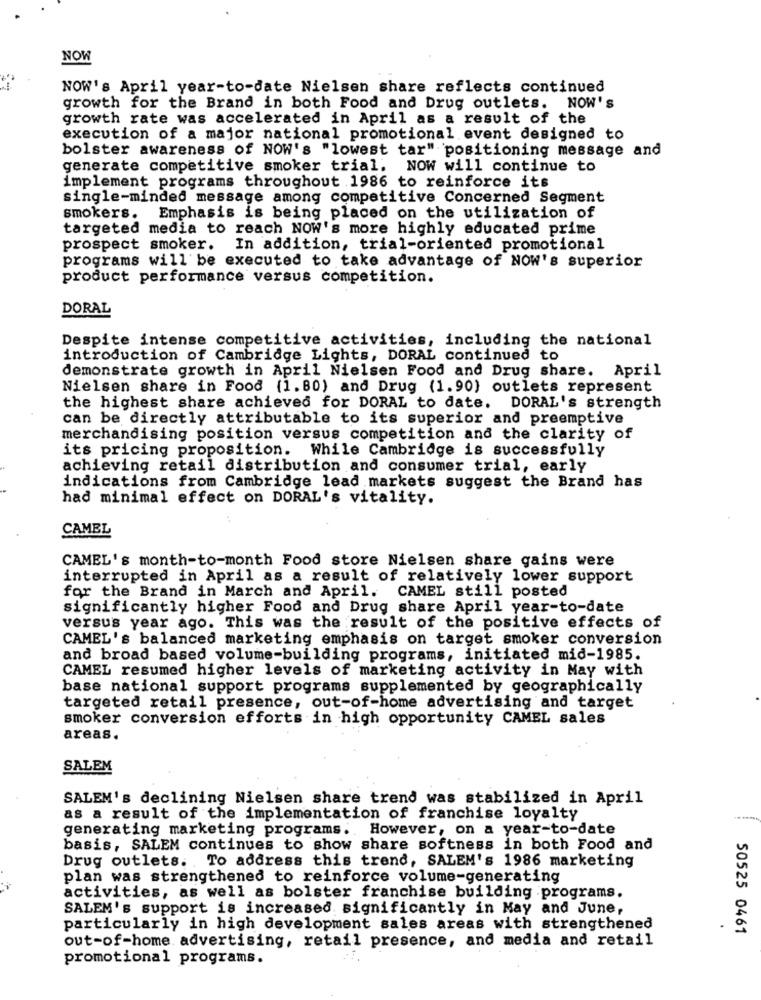
NOW
NOW's April year-to-date Nielsen share reflects continued
growth for the Brand in both Food and Drug outlets. NOW's
growth rate was accelerated in April as a result of the
execution of a major national promotional event designed to
bolster awareness of NOW's "lowest tar" positioning message and
generate competitive smoker trial. NOW will continue to
implement programs throughout 1986 to reinforce its
single-minded message among competitive Concerned Segment
smokers. Emphasis is being placed on the utilization of
targeted media to reach NOW's more highly educated prime
prospect smoker. In addition, trial-oriented promotional
programs will be executed to take advantage of NOW's superior
product performance versus competition.
DORAL
Despite intense competitive activities, including the national
introduction of Cambridge Lights, DORAL continued to
demonstrate growth in April Nielsen Food and Drug share. April
Nielsen share in Food (1.80) and Drug (1.90} outlets represent
the highest share achieved for DORAL to date. DORAL's strength
can be directly attributable to its superior and preemptive
merchandising position versus competition and the clarity of
its pricing proposition. While Cambridge is successfully
achieving retail distribution and consumer trial, early
indications from Cambridge lead markets suggest the Brand has
had minimal effect on DORAL's vitality.
CAMEL
CAMEL's month-to-month Food store Nielsen share gains were
interrupted in April as a result of relatively lower support
for the Brand in March and April. CAMEL still posted
significantly higher Food and Drug share April year-to-date
versus year ago. This was the result of the positive effects of
CAMEL's balanced marketing emphasis on target smoker conversion
and broad based volume-building programs, initiated mid-1985.
CAMEL resumed higher levels of marketing activity in May with
base national support programs supplemented by geographically
targeted retail presence, out-of-home advertising and target
smoker conversion efforts in high opportunity CAMEL sales
areas.
SALEM
SALEM's declining Nielsen share trend was stabilized in April
as a result of the implementation of franchise loyalty
generating marketing programs. However, on a year-to-date
basis, SALEM continues to show share softness in both Food and
Drug outlets. To address this trend, SALEM's 1986 marketing
plan was strengthened to reinforce volume-generating
activities, as well as bolster franchise building .programs.
SALEM's support is increased significantly in May and June,
particularly in high development sales areas with strengthened
50525 0461
out-of-home advertising, retail presence, and media and retail
promotional programs.